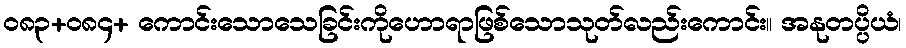
ဝ၈၃+၀၈၄+ ကောင်းသောသေခြင်းကိုဟောရာဖြစ်သောသုတ်လည်းကောင်း။ အနုတပ္ပိယံ၊